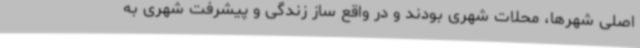
اصلی شهرها، محلات شهری بودند و در واقع ساز زندگی و پیشرفت شهری به